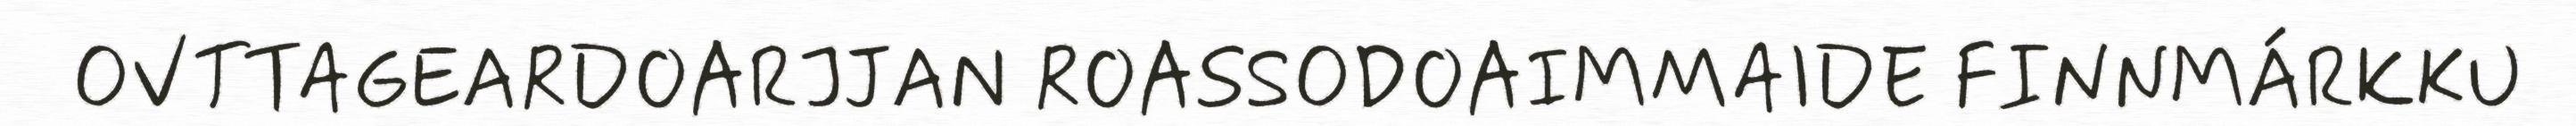
OVTTAGEARDOARJJAN ROASSODOAIMMAIDE FINNMÁRKKU